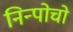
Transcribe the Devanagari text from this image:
निन्पोचो